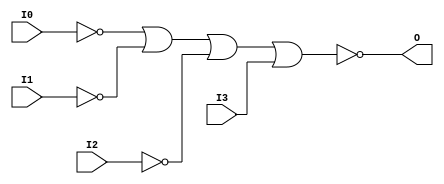
// $Header: /devl/xcs/repo/env/Databases/CAEInterfaces/xec_libs/data/unisims/NOR4B3.v,v 1.1 2005/05/10 01:20:06 wloo Exp $

/*

FUNCTION	: 4-INPUT NOR GATE

*/

`celldefine
`timescale  100 ps / 10 ps

module NOR4B3 (O, I0, I1, I2, I3);

    output O;

    input  I0, I1, I2, I3;

    not N2 (i2_inv, I2);
    not N1 (i1_inv, I1);
    not N0 (i0_inv, I0);
    nor O1 (O, i0_inv, i1_inv, i2_inv, I3);

endmodule